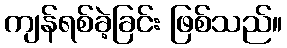
ကျန်ရစ်ခဲ့ခြင်း ဖြစ်သည်။